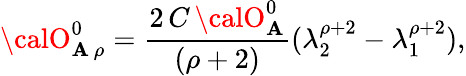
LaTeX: {\calO}_{\mathbf{A}\, \rho}^{0}=\frac{{2\, C\, {\calO}_{\mathbf{A}}^{0}}}{{(\rho+2)}}(\lambda_{2}^{\rho+2}-\lambda_{1}^{\rho+2}),